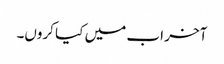
آخر اب میں کیا کروں۔